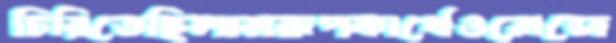
চিরিতেছিলামরূপকার্থেওমেজে